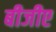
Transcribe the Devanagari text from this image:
बीजीए